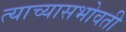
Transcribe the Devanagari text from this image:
त्याच्यासभोवती